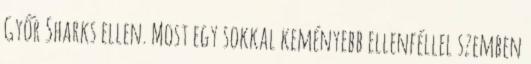
Győr Sharks ellen. Most egy sokkal keményebb ellenféllel szemben